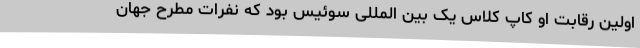
اولین رقابت او کاپ کلاس یک بین المللی سوئیس بود که نفرات مطرح جهان